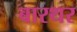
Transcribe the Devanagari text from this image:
बारथर